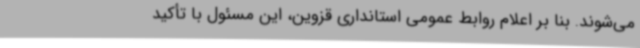
می‌شوند. بنا بر اعلام روابط عمومی استانداری قزوین، این مسئول با تأکید